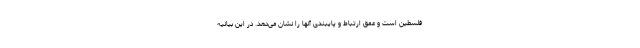
فلسطین است و عمق ارتباط و پایبندی آنها را نشان می‌دهد. در این بیانیه